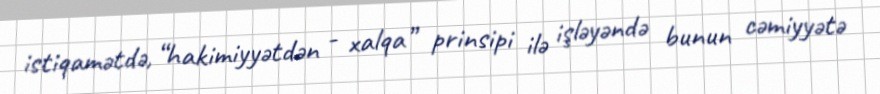
istiqamətdə, “hakimiyyətdən - xalqa” prinsipi ilə işləyəndə bunun cəmiyyətə